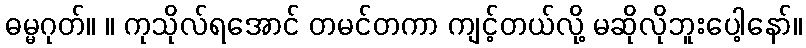
ဓမ္မဂုတ်။ ။ ကုသိုလ်ရအောင် တမင်တကာ ကျင့်တယ်လို့ မဆိုလိုဘူးပေါ့နော်။